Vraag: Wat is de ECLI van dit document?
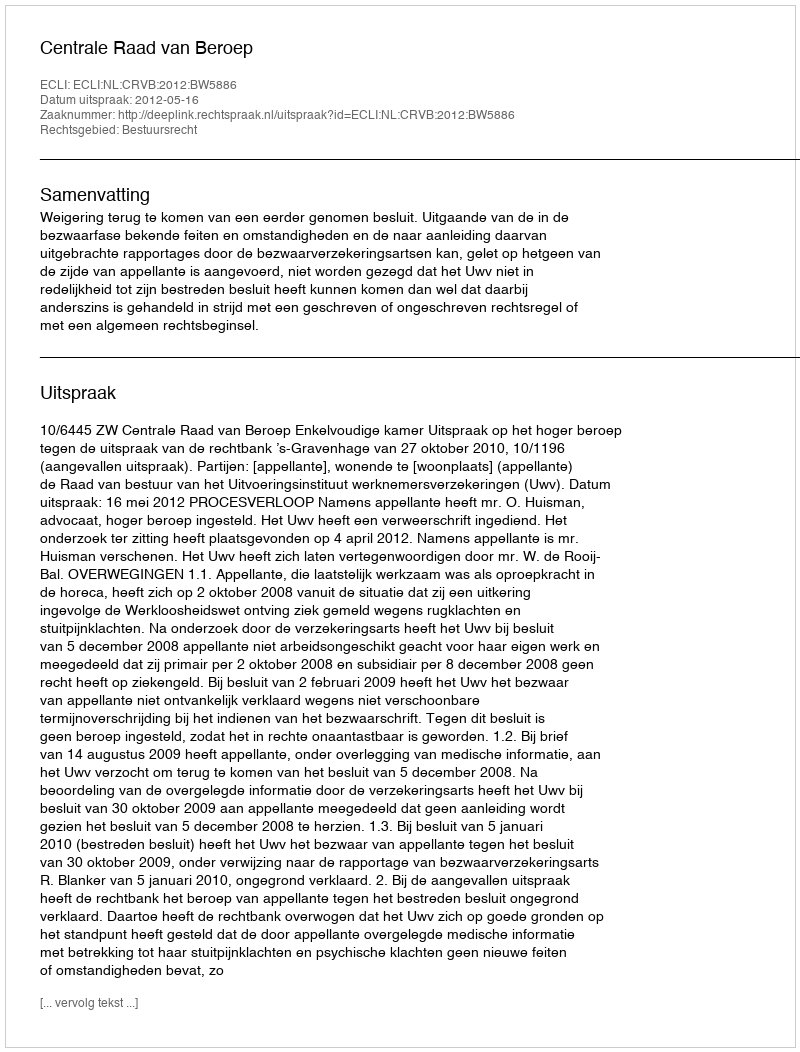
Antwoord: ECLI:NL:CRVB:2012:BW5886